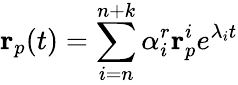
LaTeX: \mathbf{r}_{p}(t)=\sum_{i=n}^{n+k}\alpha_{i}^{r}\mathbf{r}_{p}^{i}e^{\lambda_{i}t}